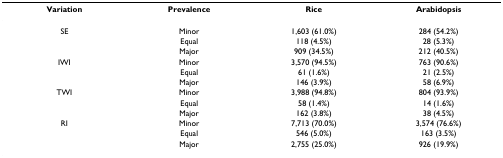
| Variation | Prevalence | Rice | Arabidopsis |
 | --- | --- | --- | --- |
 | SE | Minor | 1,603 (61.0%) | 284 (54.2%) |
 |  | Equal | 118 (4.5%) | 28 (5.3%) |
 |  | Major | 909 (34.5%) | 212 (40.5%) |
 | IWI | Minor | 3,570 (94.5%) | 763 (90.6%) |
 |  | Equal | 61 (1.6%) | 21 (2.5%) |
 |  | Major | 146 (3.9%) | 58 (6.9%) |
 | TWI | Minor | 3,988 (94.8%) | 804 (93.9%) |
 |  | Equal | 58 (1.4%) | 14 (1.6%) |
 |  | Major | 162 (3.8%) | 38 (4.5%) |
 | RI | Minor | 7,713 (70.0%) | 3,574 (76.6%) |
 |  | Equal | 546 (5.0%) | 163 (3.5%) |
 |  | Major | 2,755 (25.0%) | 926 (19.9%) |